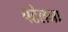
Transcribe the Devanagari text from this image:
पटेलना